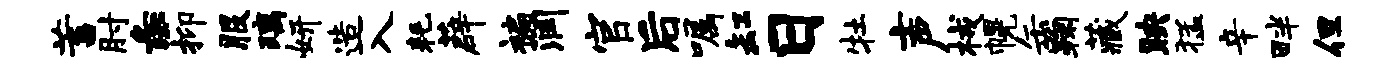
蓄肘彘抑服璃妍造入耗薜褊润官后嘱缸日牡声械幌缶鞠藏映猛辛畔但